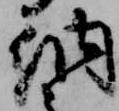
納